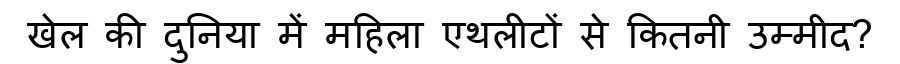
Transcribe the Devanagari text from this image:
खेल की दुनिया में महिला एथलीटों से कितनी उम्मीद?